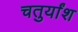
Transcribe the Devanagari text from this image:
चतुर्यांश